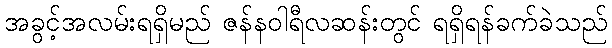
အခွင့်အလမ်းရရှိမည် ဇန်နဝါရီလဆန်းတွင် ရရှိရန်ခက်ခဲသည်